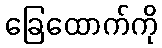
ခြေထောက်ကို